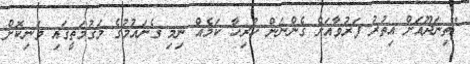
"ތިނަދޫއަށް އިތުރު ފަރުވާއަށް ގެންނަން ހުރިހާ ކަމެއް ނިމި ގެނައުމުގެ މަގުމަތީގައި ވަނިކޮށް